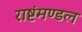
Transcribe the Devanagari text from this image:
राष्टंमण्डल